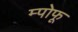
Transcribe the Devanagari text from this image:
म्पोफू